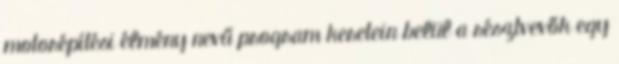
motorépítési élmény nevű program keretein belül a résztvevők egy